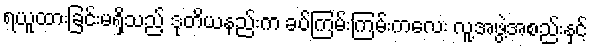
ရယူထားခြင်းမရှိသည့် ဒုတိယနည်းက ခပ်ကြမ်းကြမ်းကလေး လူ့အဖွဲ့အစည်းနှင့်